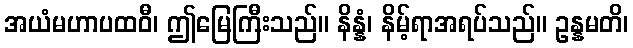
အယံမဟာပထဝီ၊ ဤမြေကြီးသည်။ နိန္နံ၊ နိမ့်ရာအရပ်သည်။ ဥန္နမတိ၊